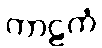
ကာဠကံ